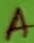
Text: A